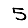
Digit: 5